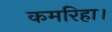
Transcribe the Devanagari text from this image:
कमरिहा।